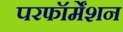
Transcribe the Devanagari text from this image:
परफॉर्मेंशन